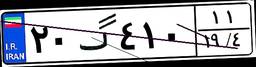
۲۰گ۴۱۰۱۱